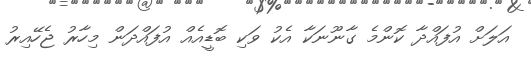
އަލަށް އުފައްދާ ކޮންމެ ގާނޫނަކާ އެކު ވަކި ބޮޑީއެއް އުފައްދަން މިހާރު ޖެހޭއިރު